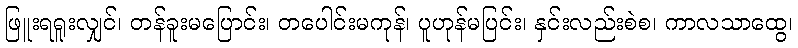
ဖြူးရရူးလျှင်၊ တန်ခူးမပြောင်း၊ တပေါင်းမကုန်၊ ပူဟုန်မပြင်း၊ နှင်းလည်းစဲစ၊ ကာလသာထွေ၊